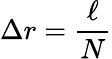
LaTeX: \Delta r=\frac{\ell}{N}